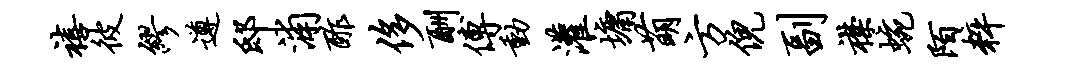
禧彼缪遵邸浦酢侈酬傅动灌墉萌方倪副襟蜿陌粹